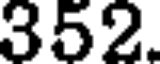
352.